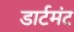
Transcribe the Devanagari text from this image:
डार्टमंट